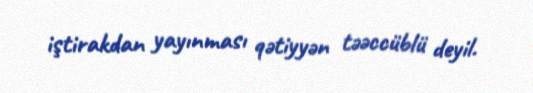
iştirakdan yayınması qətiyyən təəccüblü deyil.